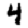
Digit: 4